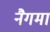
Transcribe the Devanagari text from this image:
नैगमा